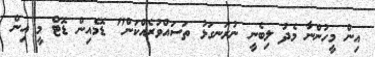
އިން މީހުންނާ މެދު ލިބެނީ ނުރަނގަޅު ތަސައްވުރެއްކަން" ޑޮމެއިން ޑޮޓް މީ އިން